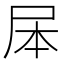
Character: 𭕕